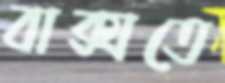
বাক্সতে